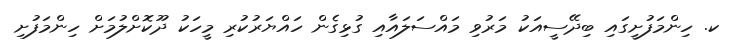
ކ. ހިންމަފުށީގައި ބިދޭސީއަކު މަރުވި މައްސަލައާއި ގުޅިގެން ހައްޔަރުކުރި މީހަކު ދޫކޮށްލުމަށް ހިންމަފުށި